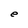
Character: e